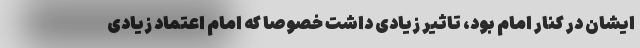
ایشان در کنار امام بود، تاثیر زیادی داشت خصوصا که امام اعتماد زیادی